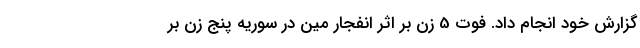
گزارش خود انجام داد. فوت 5 زن بر اثر انفجار مین در سوریه پنج زن بر